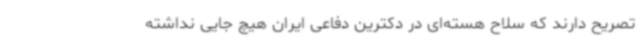
تصریح دارند که سلاح هسته‌ای در دکترین دفاعی ایران هیچ جایی نداشته